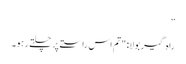
”
راہ گیر بولا: "تم اس راستے پر چلتے رہو۔